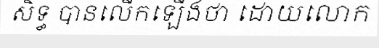
សិទ្ធ បានលើកឡើងថា ដោយលោក